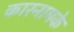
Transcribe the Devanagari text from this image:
कारनामके